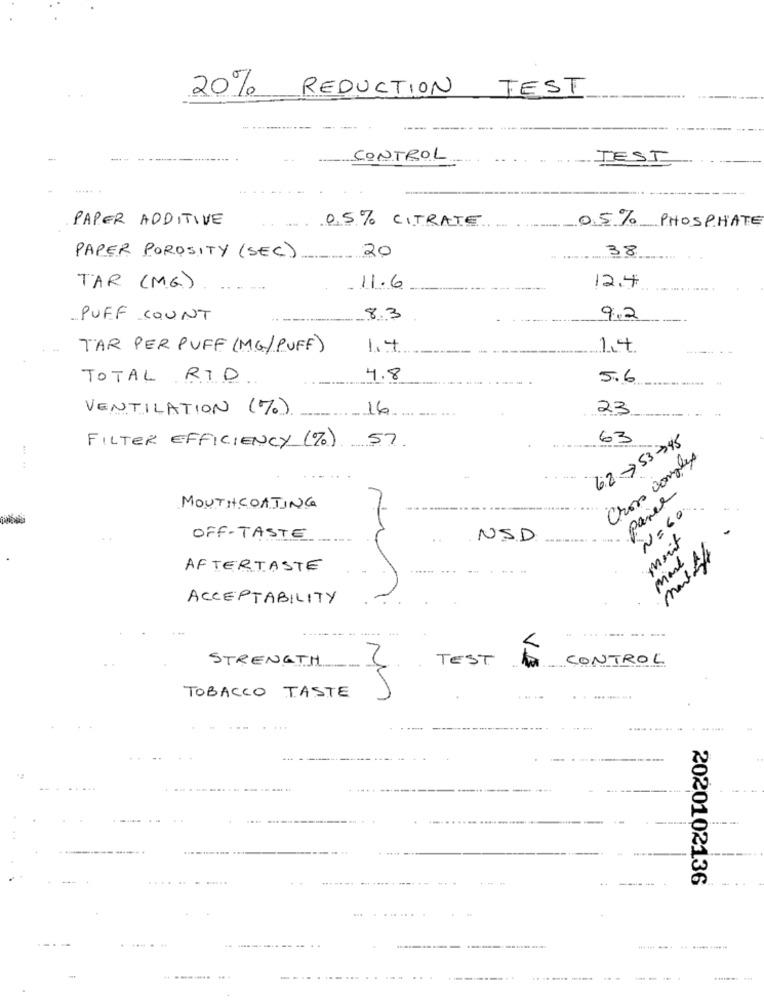
20%
REDUCTION
TEST
CONTROL
TEST
...... .
-
PAPER ADDITIVE
0.5% CITRATE
0.5% PHOSPHATE
20
38
PAPER POROSITY (SEC)
TAR ( M.G.)
11.6
12.4
PUFF COUNT
8.3
9.2
TAR PER PUFF (MG/PUFF)
1.4
1.4
TOTAL RID
4.8
5.6
VENTILATION (%)
16
23
6:2 -53-45
63
FILTER EFFICIENCY (%) 57
Cross complex
Panel
MOUTHCOATING
N=60
OFF-TASTE
NSD
merit
mais
Mark
AFTERTASTE
ACCEPTABILITY
STRENGTH
TEST
CONTROL
VE
TOBACCO TASTE
... .....
.. ..
2020102136
...